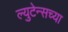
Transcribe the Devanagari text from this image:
ल्युटेन्सच्‍या